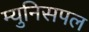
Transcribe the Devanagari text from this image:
म्युनिसपल